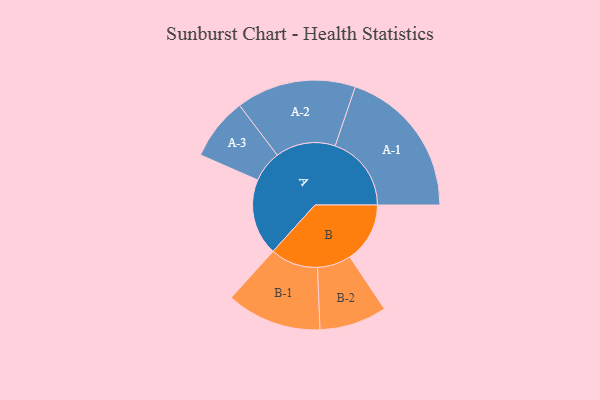
{"axis": {"x": "Segment", "y": "Value"}, "legend": ["", "A", "B"], "data": [{"x": "A", "y": 286, "type": ""}, {"x": "B", "y": 225, "type": ""}, {"x": "A-1", "y": 285, "type": "A"}, {"x": "A-2", "y": 224, "type": "A"}, {"x": "A-3", "y": 117, "type": "A"}, {"x": "B-1", "y": 178, "type": "B"}, {"x": "B-2", "y": 126, "type": "B"}]}